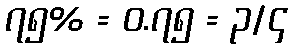
၇၅% = ၀.၇၅ = ၃/၄